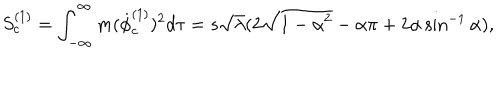
S _ { c } ^ { ( 1 ) } = \int _ { - \infty } ^ { \infty } m ( { \dot { \phi } } _ { c } ^ { ( 1 ) } ) ^ { 2 } d \tau = s \sqrt \lambda ( 2 \sqrt { 1 - \alpha ^ { 2 } } - \alpha \pi + 2 \alpha \sin ^ { - 1 } \alpha ) ,